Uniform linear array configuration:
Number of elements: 48
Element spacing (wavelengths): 0.5
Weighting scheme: kaiser
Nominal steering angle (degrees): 30
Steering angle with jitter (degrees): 29.356
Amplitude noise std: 0.05
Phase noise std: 0.05

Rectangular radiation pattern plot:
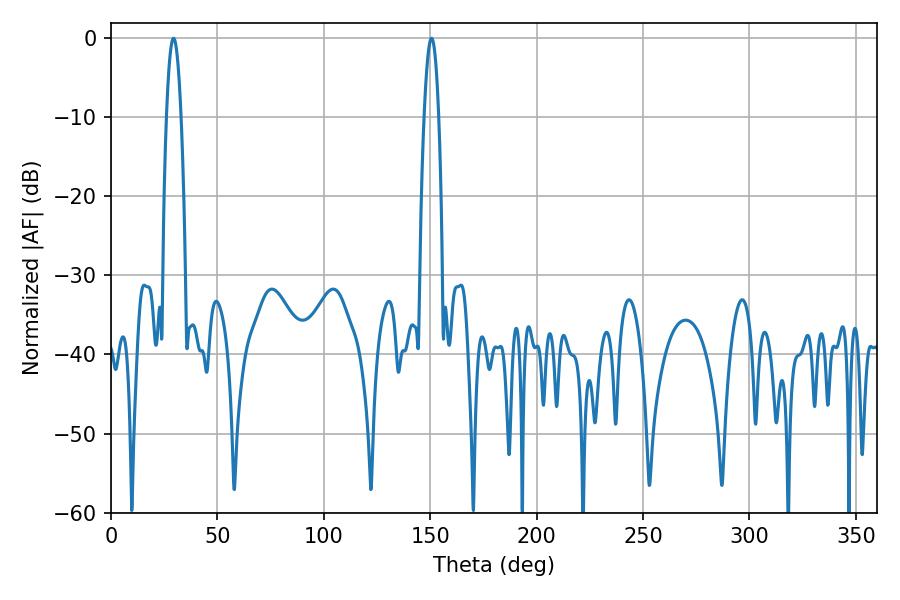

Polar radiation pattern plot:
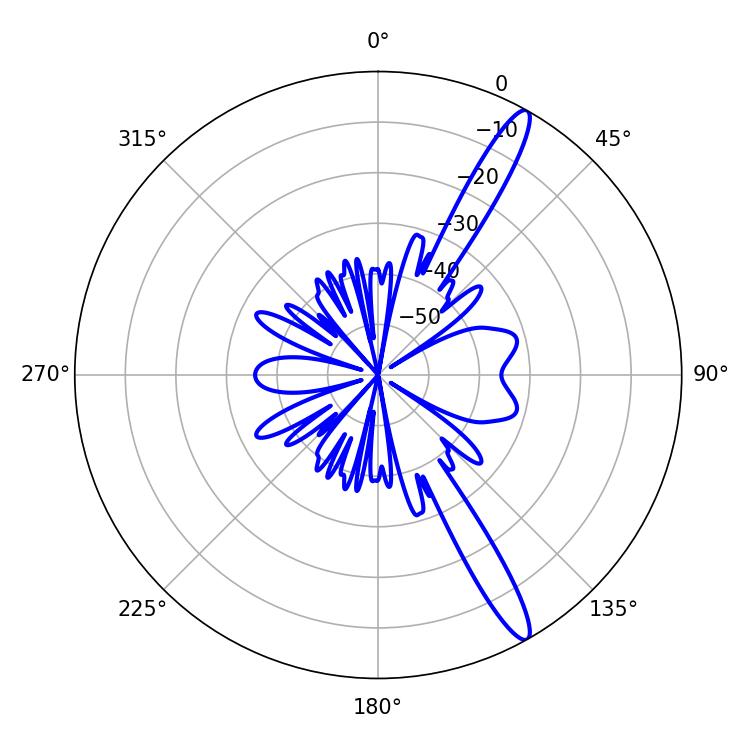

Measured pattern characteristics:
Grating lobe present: FALSE
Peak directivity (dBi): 14.519
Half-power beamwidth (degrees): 3.78
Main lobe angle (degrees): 29.34